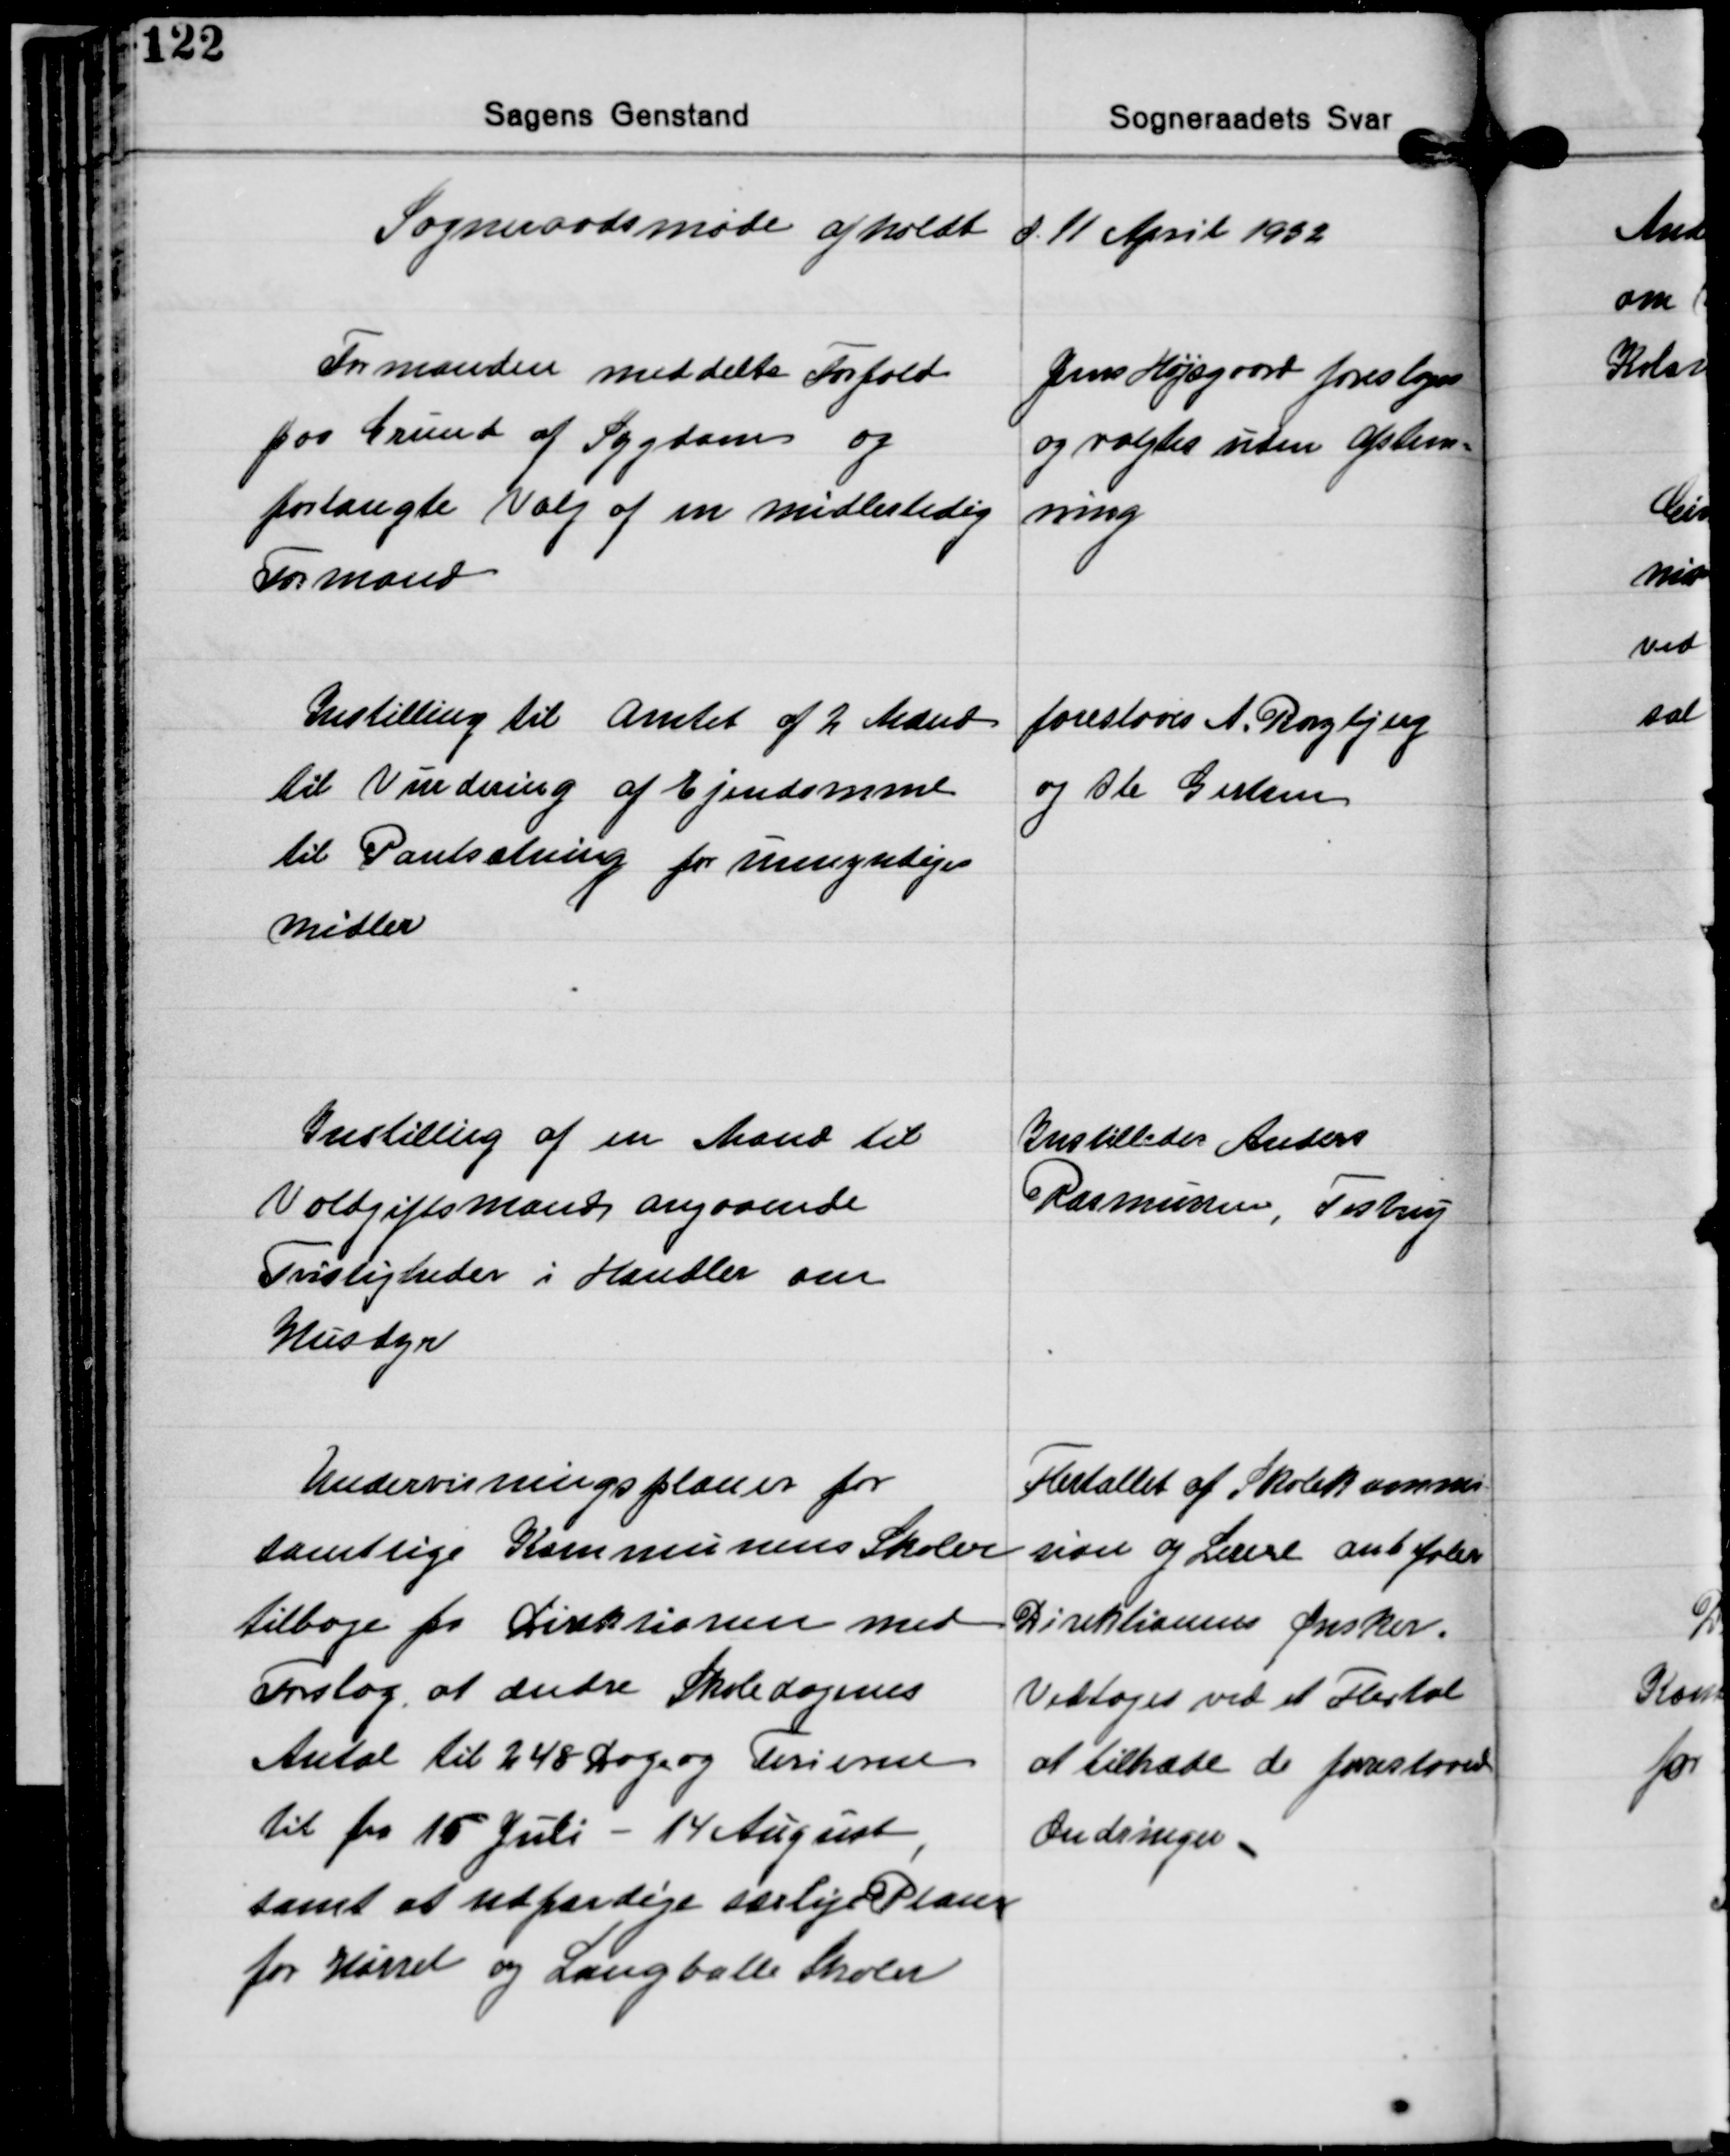
Transskription:
Sogneraadsmøde afholdt d. 11 April 1932

Formanden meddelte Forfald
paa Grund af Sygdom og
forlangte Valg af en midlertidig
Formand

Jens Højsgaard foresloges
og valgtes uden Afstem-
ning

Instilling til Amtet af 2 Mænd
til Vurdering af Ejendomme
til Pantsætning for umyndiges
midler

foreslaaes A. Borgbjerg
og Ole Gertsen

Instilling af en Mand til
Voldgiftsmand angaaende
Tvistigheder i Handler om
Husdyr

Instilledes Anders
Rasmussen, Testrup

Flertallet af Skolekommi-
sion og Lærere anbefaler
Direktionens Ønsker.
Vedtoges ved et Flertal
at tiltræde de foreslaaede
Ændringer.

Undervisningsplaner for
samtlige Kommunens Skoler
tilbage fra Direktionen med
Forslag at ændre Skoledagenes
Antal til 248 Dage og Ferierne
til fra 15 Juli - 14 August
samt at udfærdige særlige Planer
for Hørret og Langballe Skoler